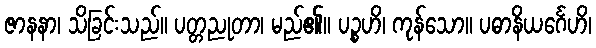
ဇာနနာ၊ သိခြင်းသည်။ ပတ္တညုတာ၊ မည်၏။ ပဉ္စဟိ၊ ကုန်သော။ ပဓာနိယင်္ဂေဟိ၊